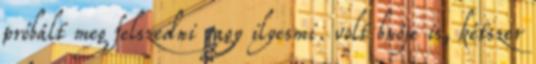
próbált meg felszedni vagy ilyesmi. volt bnője is, kétszer